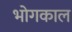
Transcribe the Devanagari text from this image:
भोगकाल